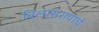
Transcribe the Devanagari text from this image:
विलासरावांचे